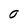
Character: O